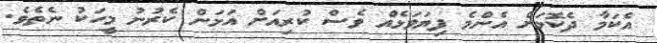
އެކަމާ ދެކޮޅަށް އެންމެ ފިޔަވަޅެއް ވެސް ކުރިއަށް އަޅަން ކެރުނު މީހަކު ނެތެވެ.